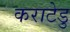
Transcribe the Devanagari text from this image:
कराटेडु